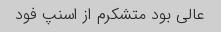
عالی بود متشکرم از اسنپ فود